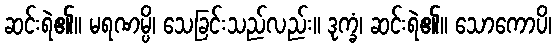
ဆင်းရဲ၏။ မရဏမ္ပိ၊ သေခြင်းသည်လည်း။ ဒုက္ခံ၊ ဆင်းရဲ၏။ သောကောပိ၊